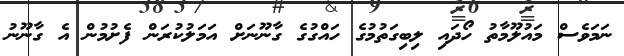
ނަމަވެސް މައުލޫމާތު ހޯދައި ލިބިގަތުމުގެ ހައްގުގެ ގާނޫނަށް އަމަލުކުރަން ފެށުމުން އެ ގާނޫނު